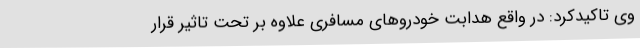
وی تاکیدکرد: در واقع هدابت خودروهای مسافری علاوه بر تحت تاثیر قرار